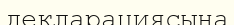
декларациясына